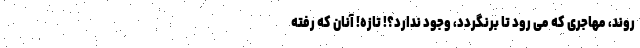
روند، مهاجری که می رود تا برنگردد، وجود ندارد؟! تازه! آنان که رفته